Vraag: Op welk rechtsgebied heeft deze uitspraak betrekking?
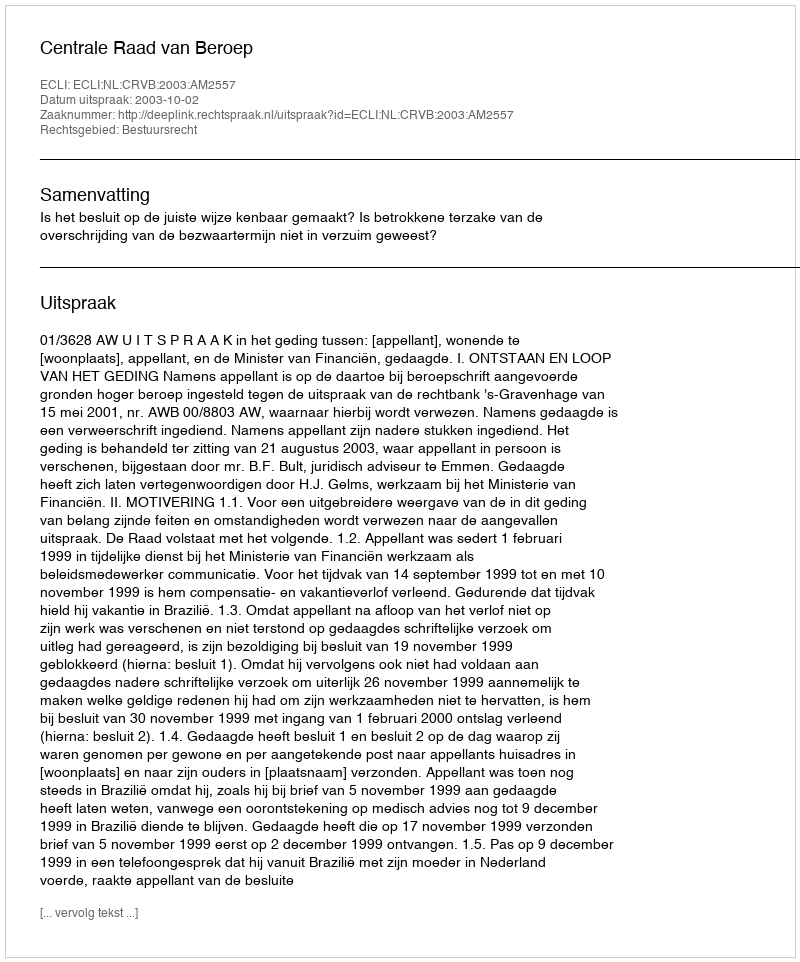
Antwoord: Bestuursrecht